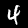
Digit: 4